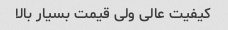
کیفیت عالی ولی قیمت بسیار بالا